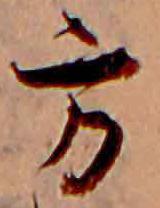
方